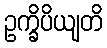
ဥက္ခိပိယျတိ